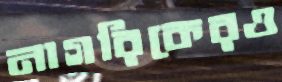
নাগরিকেরও